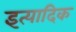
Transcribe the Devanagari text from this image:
इत्यादिक